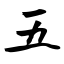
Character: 五